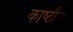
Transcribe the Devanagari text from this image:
काष्ठौज